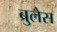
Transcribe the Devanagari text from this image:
ब्रुलेस